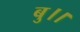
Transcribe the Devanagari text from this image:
बु।।